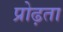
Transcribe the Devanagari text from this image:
प्रोढ़ता